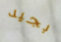
بجيد